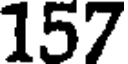
157